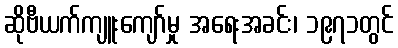
ဆိုဗီယက်ကျူးကျော်မှု အရေးအခင်း၊ ၁၉၇၁တွင်